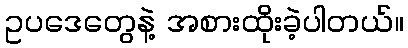
ဥပဒေတွေနဲ့ အစားထိုးခဲ့ပါတယ်။